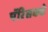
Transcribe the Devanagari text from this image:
पॅरिसकडे